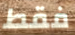
فقط